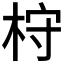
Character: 𣑋